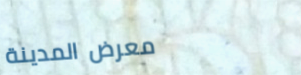
معرض المدينة